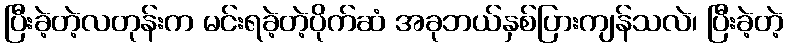
ပြီးခဲ့တဲ့လတုန်းက မင်းရခဲ့တဲ့ပိုက်ဆံ အခုဘယ်နှစ်ပြားကျန်သလဲ၊ ပြီးခဲ့တဲ့